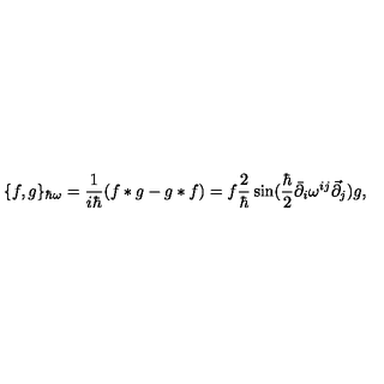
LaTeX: \{ f , g \} _ { \hbar \omega } = \frac { 1 } { i \hbar } ( f * g - g * f ) = f \frac { 2 } { \hbar } \sin ( \frac { \hbar } { 2 } \bar { \partial } _ { i } \omega ^ { i j } \vec { \partial } _ { j } ) g ,